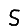
Digit: 5